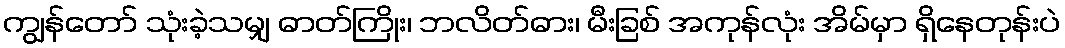
ကျွန်တော် သုံးခဲ့သမျှ ဓာတ်ကြိုး၊ ဘလိတ်ဓား၊ မီးခြစ် အကုန်လုံး အိမ်မှာ ရှိနေတုန်းပဲ